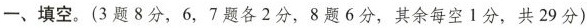
─、填空。(3题8分，6，7题各2分，8题6分，其余每空1分，共29分)